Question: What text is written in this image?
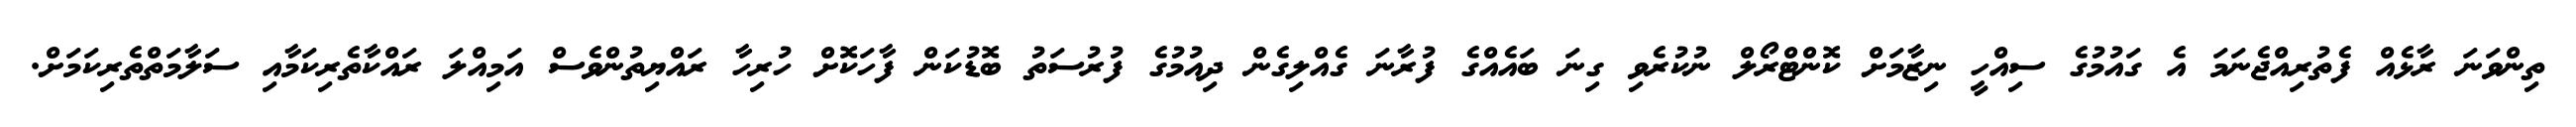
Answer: ތިންވަނަ ރާޅެއް ފެތުރިއްޖެނަމަ އެ ގައުމުގެ ސިއްހީ ނިޒާމަށް ކޮންޓްރޯލް ނުކުރެވި ގިނަ ބައެއްގެ ފުރާނަ ގެއްލިގެން ދިއުމުގެ ފުރުސަތު ބޮޑުކަން ފާހަކޮށް ހުރިހާ ރައްޔިތުންވެސް އަމިއްލަ ރައްކާތެރިކަމާއި ސަލާމަތްތެރިކަމަށް.